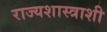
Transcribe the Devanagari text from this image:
राज्यशास्त्राशी